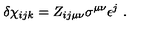
\delta \chi _ { i j k } = Z _ { i j \mu \nu } \sigma ^ { \mu \nu } \epsilon ^ { j } \ .